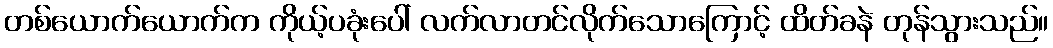
တစ်ယောက်ယောက်က ကိုယ့်ပခုံးပေါ် လက်လာတင်လိုက်သောကြောင့် ထိတ်ခနဲ တုန်သွားသည်။